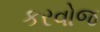
કરવોજ